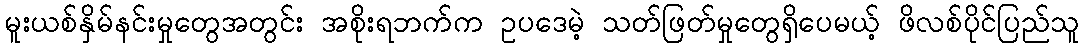
မူးယစ်နှိမ်နင်းမှုတွေအတွင်း အစိုးရဘက်က ဥပဒေမဲ့ သတ်ဖြတ်မှုတွေရှိပေမယ့် ဖိလစ်ပိုင်ပြည်သူ